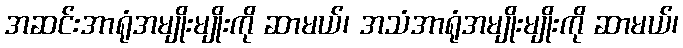
အဆင်းအာရုံအမျိုးမျိုးကို ဆာမယ်၊ အသံအာရုံအမျိုးမျိုးကို ဆာမယ်၊